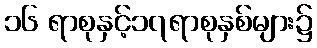
၁၆ ရာစုနှင့်၁၇ရာစုနှစ်များ၌